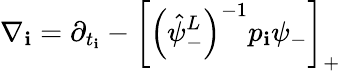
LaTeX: \nabla_{\mathbf{i}}=\partial_{t_{\mathbf{i}}}-\left[\left(\hat{{\psi}}_{-}^{L}\right)^{-1}p_{\mathbf{i}}\psi_{-}\right]_{+}